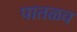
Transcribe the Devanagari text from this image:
पातळच